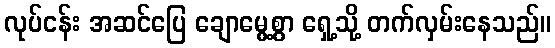
လုပ်ငန်း အဆင်ပြေ ချောမွေ့စွာ ရှေ့သို့ တက်လှမ်းနေသည်။